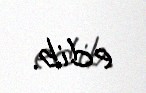
edib.